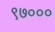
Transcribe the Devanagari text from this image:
९७०००